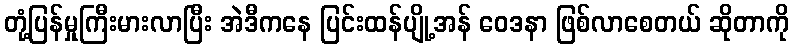
တုံ့ပြန်မှုကြီးမားလာပြီး အဲဒီကနေ ပြင်းထန်ပျို့အန် ဝေဒနာ ဖြစ်လာစေတယ် ဆိုတာကို